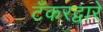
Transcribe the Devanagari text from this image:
टँकरद्वारे